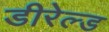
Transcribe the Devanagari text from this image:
डीरेल्ड